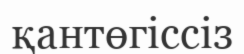
қантөгіссіз